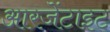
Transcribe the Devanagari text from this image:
आरजेंटाइट